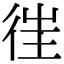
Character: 𢓸